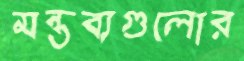
মন্তব্যগুলোর